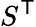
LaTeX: S^{\mathsf{T}}